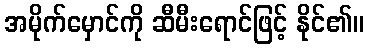
အမိုက်မှောင်ကို ဆီမီးရောင်ဖြင့် နိုင်၏။